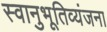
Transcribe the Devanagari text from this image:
स्वानुभूतिव्यंजना